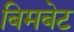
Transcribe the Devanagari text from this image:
बिमबेट